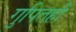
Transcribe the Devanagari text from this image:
गुपितही